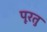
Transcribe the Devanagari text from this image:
पूरतु